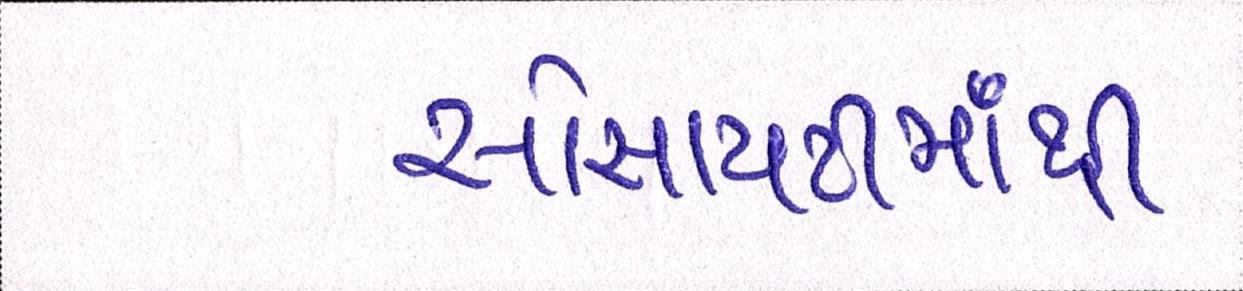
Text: સોસાયટીમાંથી